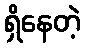
ရှိနေတဲ့